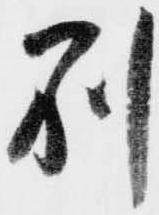
別